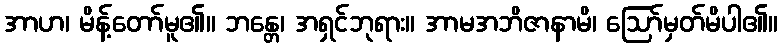
အာဟ၊ မိန့်တော်မူ၏။ ဘန္တေ၊ အရှင်ဘုရား။ အာမအဘိဇာနာမိ၊ ဩော်မှတ်မိပါ၏။